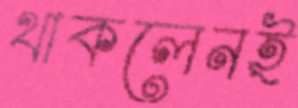
থাকলেনই